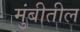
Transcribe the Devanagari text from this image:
मुंबीतील